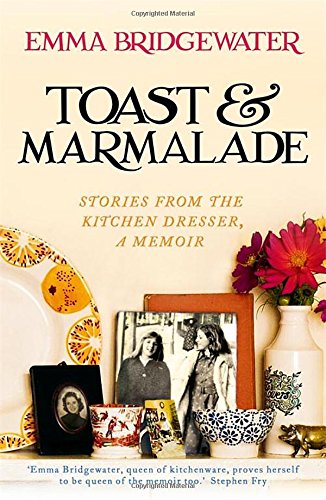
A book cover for Toast & Marmalade and Other Stories; Emma Bridgewater; Crafts, Hobbies & Home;